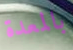
بالمعدة